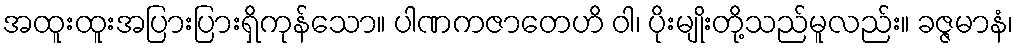
အထူးထူးအပြားပြားရှိကုန်သော။ ပါဏကဇာတေဟိ ဝါ၊ ပိုးမျိုးတို့သည်မူလည်း။ ခဇ္ဇမာနံ၊